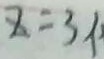
z = 3